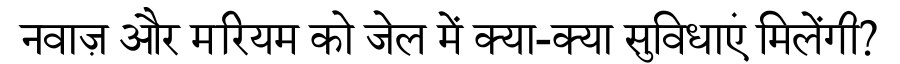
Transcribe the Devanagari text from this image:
नवाज़ और मरियम को जेल में क्या-क्या सुविधाएं मिलेंगी?